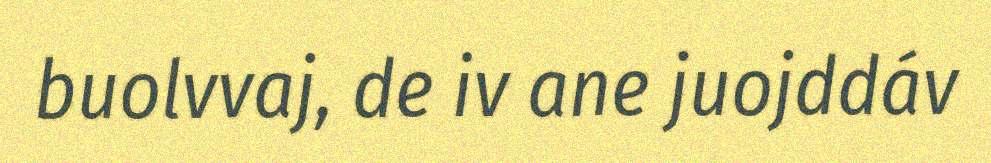
buolvvaj, de iv ane juojddáv